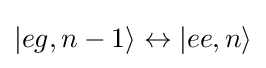
|eg,n-1\rangle \leftrightarrow |ee,n\rangle